Indian journal of veterinary science and animal husbandry - Volume 13,
Year: 1943
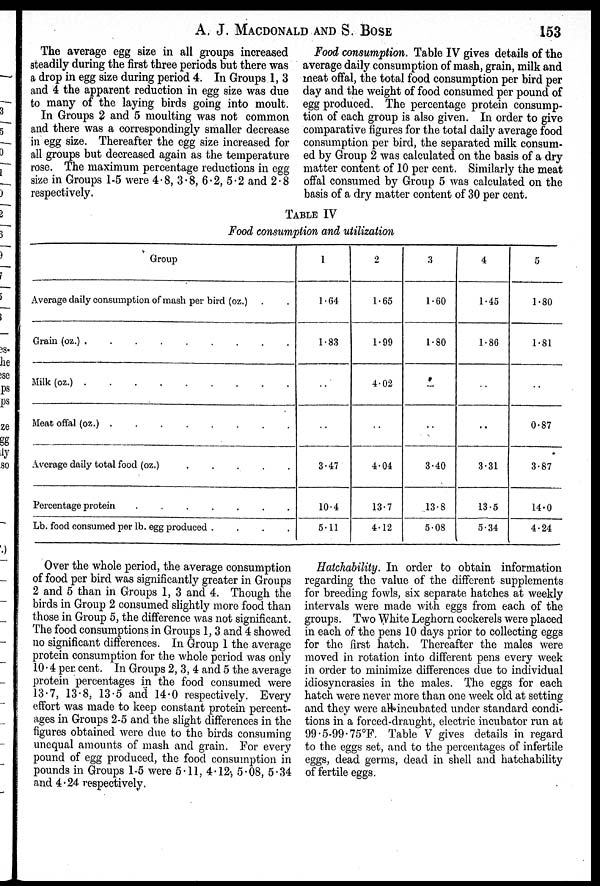
A. J. MACDONALD AND S. BOSE 153
The average egg size in all groups increased
steadily during the first three periods but there was
a drop in egg size during period 4. In Groups 1, 3
and 4 the apparent reduction in egg size was due
to many of the laying birds going into moult.
In Groups 2 and 5 moulting was not common
and there was a correspondingly smaller decrease
in egg size. Thereafter the egg size increased for
all groups but decreased again as the temperature
rose. The maximum percentage reductions in egg
size in Groups 1-5 were 4.8, 3.8, 6.2, 5.2 and 2.8
respectively.
Food consumption. Table IV gives details of the
average daily consumption of mash, grain, milk and
meat offal, the total food consumption per bird per
day and the weight of food consumed per pound of
egg produced. The percentage protein consump-
tion of each group is also given. In order to give
comparative figures for the total daily average food
consumption per bird, the separated milk consum-
ed by Group 2 was calculated on the basis of a dry
matter content of 10 per cent. Similarly the meat
offal consumed by Group 5 was calculated on the
basis of a dry matter content of 30 per cent.
TABLE IV
Food consumption and utilization
Group
Average daily consumption of mash per bird (oz.) . .
Grain (oz.)
.
.
.
.
.
.
.
.
.
Milk
(oz.)
.
.
.
.
.
.
.
.
.
Meat offal (oz.)
.
.
.
.
.
.
.
.
.
Average daily total food (oz.) . . . . .
Percentage protein . . . . . . .
Lb. food consumed per lb. egg produced
.
.
.
.
1
1.64
1.83
..
..
3.47
10.4
5.11
2
1.65
1.99
4.02
..
4.04
13.7
4.12
3
1.60
1.80
..
..
3.40
13.8
5.08
4
1.45
1.86
..
..
3.31
13.5
5.34
5
1.80
1.81
..
0.87
3.87
14.0
4.24
Over the whole period, the average consumption
of food per bird was significantly greater in Groups
2 and 5 than in Groups 1, 3 and 4. Though the
birds in Group 2 consumed slightly more food than
those in Group 5, the difference was not significant.
The food consumptions in Groups 1, 3 and 4 showed
no significant differences. In Group 1 the average
protein consumption for the whole period was only
10.4 per cent. In Groups 2, 3, 4 and 5 the average
protein percentages in the food consumed were
13.7, 13.8, 13.5 and 14.0 respectively. Every
effort was made to keep constant protein percent-
ages in Groups 2-5 and the slight differences in the
figures obtained were due to the birds consuming
unequal amounts of mash and grain. For every
pound of egg produced, the food consumption in
pounds in Groups 1-5 were 5.11, 4.12, 5.08, 5.34
and 4.24 respectively.
Hatchability. In order to obtain information
regarding the value of the different supplements
for breeding fowls, six separate hatches at weekly
intervals were made with eggs from each of the
groups. Two White Leghorn cockerels were placed
in each of the pens 10 days prior to collecting eggs
for the first hatch. Thereafter the males were
moved in rotation into different pens every week
in order to minimize differences due to individual
idiosyncrasies in the males. The eggs for each
hatch were never more than one week old at setting
and they were all incubated under standard condi-
tions in a forced-draught, electric incubator run at
99.5-99-75°F. Table V gives details in regard
to the eggs set, and to the percentages of infertile
eggs, dead germs, dead in shell and hatchability
of fertile eggs.